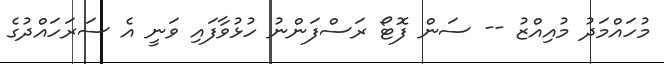
މުހައްމަދު މުއިއްޒު -- ސަން ފޮޓޯ ރަސްފަންނު ހުޅުވާފައި ވަނީ އެ ސަރަހައްދުގެ